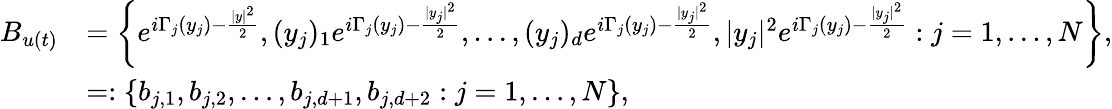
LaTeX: \begin{array}{rl}{B_{u(t)}}&{=\left\{ e^{i\Gamma_{j}(y_{j})-\frac{|y|^{2}}{2}},(y_{j})_{1}e^{i\Gamma_{j}(y_{j})-\frac{|y_{j}|^{2}}{2}},\dots,(y_{j})_{d}e^{i\Gamma_{j}(y_{j})-\frac{|y_{j}|^{2}}{2}},|y_{j}|^{2}e^{i\Gamma_{j}(y_{j})-\frac{|y_{j}|^{2}}{2}}:j=1,\dots,N\right\} ,}\\ &{=:\left\{ b_{j,1},b_{j,2},\dots,b_{j,d+1},b_{j,d+2}:j=1,\dots,N\right\} ,}\end{array}